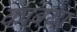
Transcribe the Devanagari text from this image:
कांबया